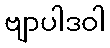
ဗျာပါဒဝါ